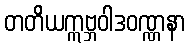
တတိယဣဗ္ဘဝါဒဝဏ္ဏနာ